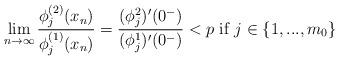
LaTeX: \begin{align*} \lim_{n\to\infty}\frac{\phi_{j}^{(2)}(x_n)}{\phi_{j}^{(1)}(x_n)}=\frac{(\phi_j^2)'(0^-)}{(\phi_j^1)'(0^-)}<p \mbox{ if } j\in\{1,..., m_0\}\end{align*}